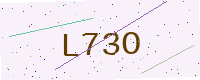
Text: L73O